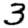
Digit: 3